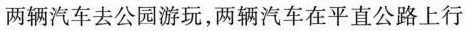
两辆汽车去公园游玩，两辆汽车在平直公路上行